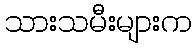
သားသမီးများက